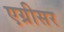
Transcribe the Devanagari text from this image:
एग्रीसर